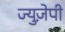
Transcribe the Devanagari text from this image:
ज्युज़ेपी